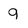
Character: 9